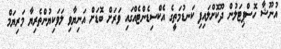
އުނޫޝާ ހޮސްޕިޓަލުން ދޫކޮށްލައިފި ކަނޑުމަތީގެ އެކްސިޑެންޓެއްގައި ވަރަށް ބޮޑަށް އަނިޔާވި ލަވަކިޔުންތެރިޔާ މަރިޔަމް